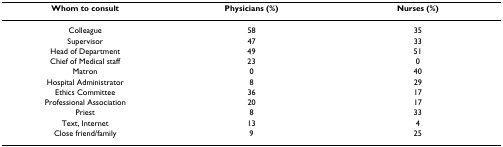
| Whom to consult | Physicians (%) | Nurses (%) |
 | --- | --- | --- |
 | Colleague | 58 | 35 |
 | Supervisor | 47 | 33 |
 | Head of Department | 49 | 51 |
 | Chief of Medical staff | 23 | 0 |
 | Matron | 0 | 40 |
 | Hospital Administrator | 8 | 29 |
 | Ethics Committee | 36 | 17 |
 | Professional Association | 20 | 17 |
 | Priest | 8 | 33 |
 | Text, Internet | 13 | 4 |
 | Close friend/family | 9 | 25 |